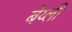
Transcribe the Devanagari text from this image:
बेय्ली